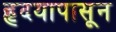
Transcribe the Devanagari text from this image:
हृदयापासून